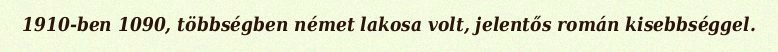
1910-ben 1090, többségben német lakosa volt, jelentős román kisebbséggel.